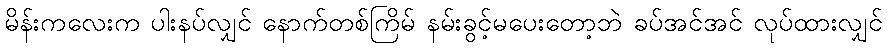
မိန်းကလေးက ပါးနပ်လျှင် နောက်တစ်ကြိမ် နမ်းခွင့်မပေးတော့ဘဲ ခပ်အင်အင် လုပ်ထားလျှင်